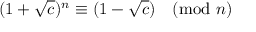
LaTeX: ( 1 + { \sqrt { c } } ) ^ { n } \equiv ( 1 - { \sqrt { c } } ) { \pmod { n } }